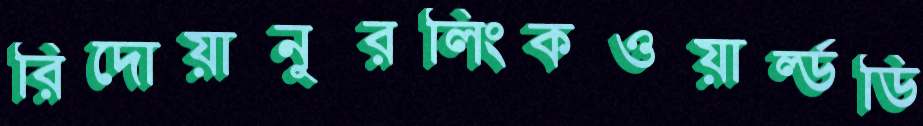
রিদোয়ানুরলিংকওয়ার্ল্ডডি